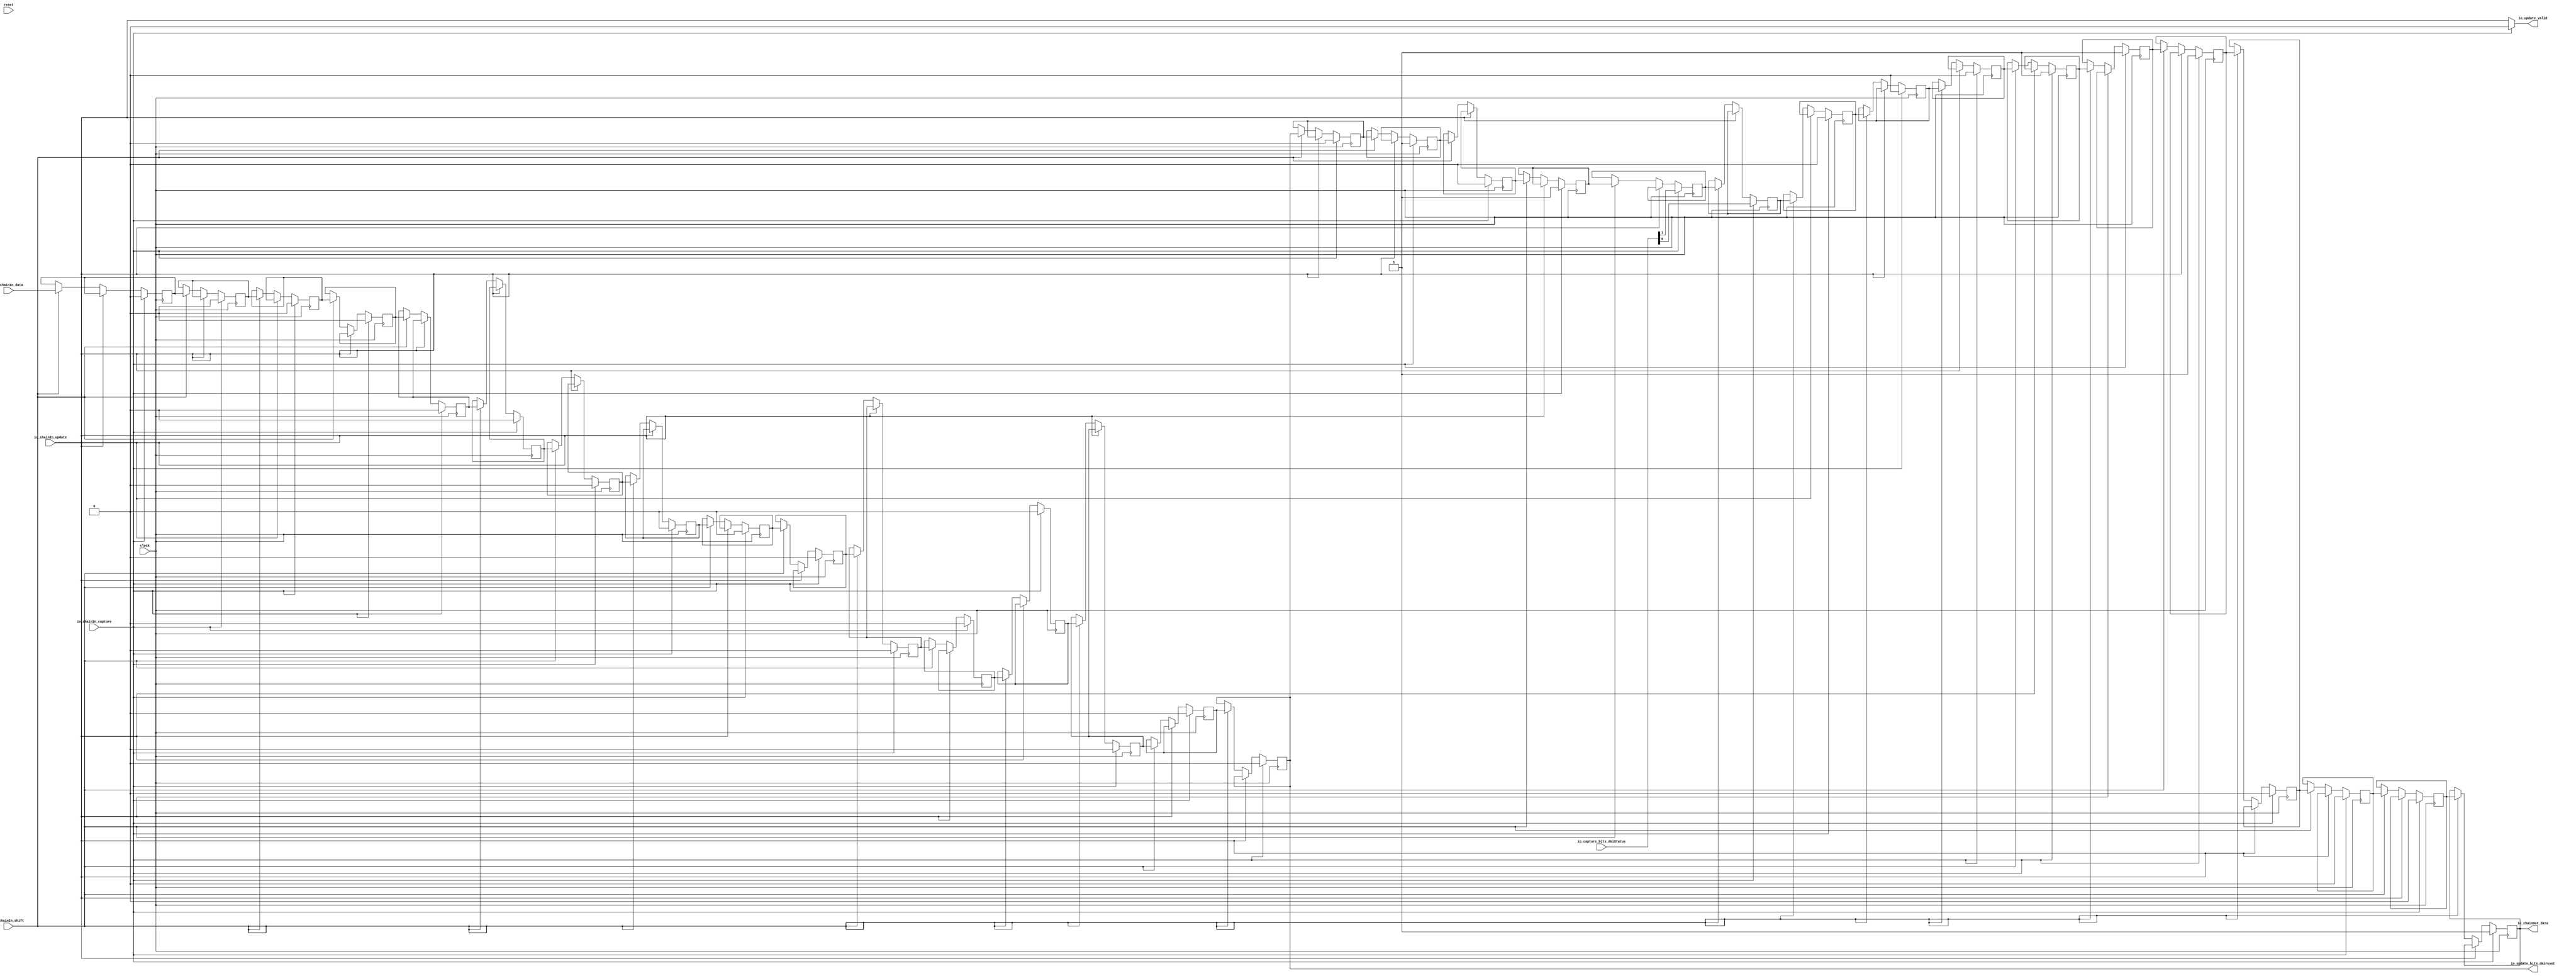
module CaptureUpdateChain(
  input        clock,
  input        reset,
  input        io_chainIn_shift,
  input        io_chainIn_data,
  input        io_chainIn_capture,
  input        io_chainIn_update,
  output       io_chainOut_data,
  input  [1:0] io_capture_bits_dmiStatus,
  output       io_update_valid,
  output       io_update_bits_dmireset
);
`ifdef RANDOMIZE_REG_INIT
  reg [31:0] _RAND_0;
  reg [31:0] _RAND_1;
  reg [31:0] _RAND_2;
  reg [31:0] _RAND_3;
  reg [31:0] _RAND_4;
  reg [31:0] _RAND_5;
  reg [31:0] _RAND_6;
  reg [31:0] _RAND_7;
  reg [31:0] _RAND_8;
  reg [31:0] _RAND_9;
  reg [31:0] _RAND_10;
  reg [31:0] _RAND_11;
  reg [31:0] _RAND_12;
  reg [31:0] _RAND_13;
  reg [31:0] _RAND_14;
  reg [31:0] _RAND_15;
  reg [31:0] _RAND_16;
  reg [31:0] _RAND_17;
  reg [31:0] _RAND_18;
  reg [31:0] _RAND_19;
  reg [31:0] _RAND_20;
  reg [31:0] _RAND_21;
  reg [31:0] _RAND_22;
  reg [31:0] _RAND_23;
  reg [31:0] _RAND_24;
  reg [31:0] _RAND_25;
  reg [31:0] _RAND_26;
  reg [31:0] _RAND_27;
  reg [31:0] _RAND_28;
  reg [31:0] _RAND_29;
  reg [31:0] _RAND_30;
  reg [31:0] _RAND_31;
`endif // RANDOMIZE_REG_INIT
  reg  regs_0; // @[JtagShifter.scala 154:39]
  reg  regs_1; // @[JtagShifter.scala 154:39]
  reg  regs_2; // @[JtagShifter.scala 154:39]
  reg  regs_3; // @[JtagShifter.scala 154:39]
  reg  regs_4; // @[JtagShifter.scala 154:39]
  reg  regs_5; // @[JtagShifter.scala 154:39]
  reg  regs_6; // @[JtagShifter.scala 154:39]
  reg  regs_7; // @[JtagShifter.scala 154:39]
  reg  regs_8; // @[JtagShifter.scala 154:39]
  reg  regs_9; // @[JtagShifter.scala 154:39]
  reg  regs_10; // @[JtagShifter.scala 154:39]
  reg  regs_11; // @[JtagShifter.scala 154:39]
  reg  regs_12; // @[JtagShifter.scala 154:39]
  reg  regs_13; // @[JtagShifter.scala 154:39]
  reg  regs_14; // @[JtagShifter.scala 154:39]
  reg  regs_15; // @[JtagShifter.scala 154:39]
  reg  regs_16; // @[JtagShifter.scala 154:39]
  reg  regs_17; // @[JtagShifter.scala 154:39]
  reg  regs_18; // @[JtagShifter.scala 154:39]
  reg  regs_19; // @[JtagShifter.scala 154:39]
  reg  regs_20; // @[JtagShifter.scala 154:39]
  reg  regs_21; // @[JtagShifter.scala 154:39]
  reg  regs_22; // @[JtagShifter.scala 154:39]
  reg  regs_23; // @[JtagShifter.scala 154:39]
  reg  regs_24; // @[JtagShifter.scala 154:39]
  reg  regs_25; // @[JtagShifter.scala 154:39]
  reg  regs_26; // @[JtagShifter.scala 154:39]
  reg  regs_27; // @[JtagShifter.scala 154:39]
  reg  regs_28; // @[JtagShifter.scala 154:39]
  reg  regs_29; // @[JtagShifter.scala 154:39]
  reg  regs_30; // @[JtagShifter.scala 154:39]
  reg  regs_31; // @[JtagShifter.scala 154:39]
  wire [7:0] updateBits_lo_lo = {regs_7,regs_6,regs_5,regs_4,regs_3,regs_2,regs_1,regs_0}; // @[Cat.scala 31:58]
  wire [15:0] updateBits_lo = {regs_15,regs_14,regs_13,regs_12,regs_11,regs_10,regs_9,regs_8,updateBits_lo_lo}; // @[Cat.scala 31:58]
  wire [7:0] updateBits_hi_lo = {regs_23,regs_22,regs_21,regs_20,regs_19,regs_18,regs_17,regs_16}; // @[Cat.scala 31:58]
  wire [31:0] updateBits = {regs_31,regs_30,regs_29,regs_28,regs_27,regs_26,regs_25,regs_24,updateBits_hi_lo,
    updateBits_lo}; // @[Cat.scala 31:58]
  wire [31:0] captureBits = {20'h5,io_capture_bits_dmiStatus,6'h7,4'h1}; // @[JtagShifter.scala 161:43]
  wire  _T_1 = ~(io_chainIn_capture & io_chainIn_update); // @[JtagShifter.scala 183:10]
  wire  _T_4 = _T_1 & ~(io_chainIn_capture & io_chainIn_shift); // @[JtagShifter.scala 184:7]
  wire  _T_7 = _T_4 & ~(io_chainIn_update & io_chainIn_shift); // @[JtagShifter.scala 185:7]
  assign io_chainOut_data = regs_0; // @[JtagShifter.scala 156:20]
  assign io_update_valid = io_chainIn_capture ? 1'h0 : io_chainIn_update; // @[JtagShifter.scala 166:29 170:21]
  assign io_update_bits_dmireset = updateBits[16]; // @[JtagShifter.scala 159:40]
  always @(posedge clock) begin
    if (io_chainIn_capture) begin // @[JtagShifter.scala 166:29]
      regs_0 <= captureBits[0]; // @[JtagShifter.scala 167:59]
    end else if (!(io_chainIn_update)) begin // @[JtagShifter.scala 171:35]
      if (io_chainIn_shift) begin // @[JtagShifter.scala 174:34]
        regs_0 <= regs_1; // @[JtagShifter.scala 176:37]
      end
    end
    if (io_chainIn_capture) begin // @[JtagShifter.scala 166:29]
      regs_1 <= captureBits[1]; // @[JtagShifter.scala 167:59]
    end else if (!(io_chainIn_update)) begin // @[JtagShifter.scala 171:35]
      if (io_chainIn_shift) begin // @[JtagShifter.scala 174:34]
        regs_1 <= regs_2; // @[JtagShifter.scala 176:37]
      end
    end
    if (io_chainIn_capture) begin // @[JtagShifter.scala 166:29]
      regs_2 <= captureBits[2]; // @[JtagShifter.scala 167:59]
    end else if (!(io_chainIn_update)) begin // @[JtagShifter.scala 171:35]
      if (io_chainIn_shift) begin // @[JtagShifter.scala 174:34]
        regs_2 <= regs_3; // @[JtagShifter.scala 176:37]
      end
    end
    if (io_chainIn_capture) begin // @[JtagShifter.scala 166:29]
      regs_3 <= captureBits[3]; // @[JtagShifter.scala 167:59]
    end else if (!(io_chainIn_update)) begin // @[JtagShifter.scala 171:35]
      if (io_chainIn_shift) begin // @[JtagShifter.scala 174:34]
        regs_3 <= regs_4; // @[JtagShifter.scala 176:37]
      end
    end
    if (io_chainIn_capture) begin // @[JtagShifter.scala 166:29]
      regs_4 <= captureBits[4]; // @[JtagShifter.scala 167:59]
    end else if (!(io_chainIn_update)) begin // @[JtagShifter.scala 171:35]
      if (io_chainIn_shift) begin // @[JtagShifter.scala 174:34]
        regs_4 <= regs_5; // @[JtagShifter.scala 176:37]
      end
    end
    if (io_chainIn_capture) begin // @[JtagShifter.scala 166:29]
      regs_5 <= captureBits[5]; // @[JtagShifter.scala 167:59]
    end else if (!(io_chainIn_update)) begin // @[JtagShifter.scala 171:35]
      if (io_chainIn_shift) begin // @[JtagShifter.scala 174:34]
        regs_5 <= regs_6; // @[JtagShifter.scala 176:37]
      end
    end
    if (io_chainIn_capture) begin // @[JtagShifter.scala 166:29]
      regs_6 <= captureBits[6]; // @[JtagShifter.scala 167:59]
    end else if (!(io_chainIn_update)) begin // @[JtagShifter.scala 171:35]
      if (io_chainIn_shift) begin // @[JtagShifter.scala 174:34]
        regs_6 <= regs_7; // @[JtagShifter.scala 176:37]
      end
    end
    if (io_chainIn_capture) begin // @[JtagShifter.scala 166:29]
      regs_7 <= captureBits[7]; // @[JtagShifter.scala 167:59]
    end else if (!(io_chainIn_update)) begin // @[JtagShifter.scala 171:35]
      if (io_chainIn_shift) begin // @[JtagShifter.scala 174:34]
        regs_7 <= regs_8; // @[JtagShifter.scala 176:37]
      end
    end
    if (io_chainIn_capture) begin // @[JtagShifter.scala 166:29]
      regs_8 <= captureBits[8]; // @[JtagShifter.scala 167:59]
    end else if (!(io_chainIn_update)) begin // @[JtagShifter.scala 171:35]
      if (io_chainIn_shift) begin // @[JtagShifter.scala 174:34]
        regs_8 <= regs_9; // @[JtagShifter.scala 176:37]
      end
    end
    if (io_chainIn_capture) begin // @[JtagShifter.scala 166:29]
      regs_9 <= captureBits[9]; // @[JtagShifter.scala 167:59]
    end else if (!(io_chainIn_update)) begin // @[JtagShifter.scala 171:35]
      if (io_chainIn_shift) begin // @[JtagShifter.scala 174:34]
        regs_9 <= regs_10; // @[JtagShifter.scala 176:37]
      end
    end
    if (io_chainIn_capture) begin // @[JtagShifter.scala 166:29]
      regs_10 <= captureBits[10]; // @[JtagShifter.scala 167:59]
    end else if (!(io_chainIn_update)) begin // @[JtagShifter.scala 171:35]
      if (io_chainIn_shift) begin // @[JtagShifter.scala 174:34]
        regs_10 <= regs_11; // @[JtagShifter.scala 176:37]
      end
    end
    if (io_chainIn_capture) begin // @[JtagShifter.scala 166:29]
      regs_11 <= captureBits[11]; // @[JtagShifter.scala 167:59]
    end else if (!(io_chainIn_update)) begin // @[JtagShifter.scala 171:35]
      if (io_chainIn_shift) begin // @[JtagShifter.scala 174:34]
        regs_11 <= regs_12; // @[JtagShifter.scala 176:37]
      end
    end
    if (io_chainIn_capture) begin // @[JtagShifter.scala 166:29]
      regs_12 <= captureBits[12]; // @[JtagShifter.scala 167:59]
    end else if (!(io_chainIn_update)) begin // @[JtagShifter.scala 171:35]
      if (io_chainIn_shift) begin // @[JtagShifter.scala 174:34]
        regs_12 <= regs_13; // @[JtagShifter.scala 176:37]
      end
    end
    if (io_chainIn_capture) begin // @[JtagShifter.scala 166:29]
      regs_13 <= captureBits[13]; // @[JtagShifter.scala 167:59]
    end else if (!(io_chainIn_update)) begin // @[JtagShifter.scala 171:35]
      if (io_chainIn_shift) begin // @[JtagShifter.scala 174:34]
        regs_13 <= regs_14; // @[JtagShifter.scala 176:37]
      end
    end
    if (io_chainIn_capture) begin // @[JtagShifter.scala 166:29]
      regs_14 <= captureBits[14]; // @[JtagShifter.scala 167:59]
    end else if (!(io_chainIn_update)) begin // @[JtagShifter.scala 171:35]
      if (io_chainIn_shift) begin // @[JtagShifter.scala 174:34]
        regs_14 <= regs_15; // @[JtagShifter.scala 176:37]
      end
    end
    if (io_chainIn_capture) begin // @[JtagShifter.scala 166:29]
      regs_15 <= captureBits[15]; // @[JtagShifter.scala 167:59]
    end else if (!(io_chainIn_update)) begin // @[JtagShifter.scala 171:35]
      if (io_chainIn_shift) begin // @[JtagShifter.scala 174:34]
        regs_15 <= regs_16; // @[JtagShifter.scala 176:37]
      end
    end
    if (io_chainIn_capture) begin // @[JtagShifter.scala 166:29]
      regs_16 <= captureBits[16]; // @[JtagShifter.scala 167:59]
    end else if (!(io_chainIn_update)) begin // @[JtagShifter.scala 171:35]
      if (io_chainIn_shift) begin // @[JtagShifter.scala 174:34]
        regs_16 <= regs_17; // @[JtagShifter.scala 176:37]
      end
    end
    if (io_chainIn_capture) begin // @[JtagShifter.scala 166:29]
      regs_17 <= captureBits[17]; // @[JtagShifter.scala 167:59]
    end else if (!(io_chainIn_update)) begin // @[JtagShifter.scala 171:35]
      if (io_chainIn_shift) begin // @[JtagShifter.scala 174:34]
        regs_17 <= regs_18; // @[JtagShifter.scala 176:37]
      end
    end
    if (io_chainIn_capture) begin // @[JtagShifter.scala 166:29]
      regs_18 <= captureBits[18]; // @[JtagShifter.scala 167:59]
    end else if (!(io_chainIn_update)) begin // @[JtagShifter.scala 171:35]
      if (io_chainIn_shift) begin // @[JtagShifter.scala 174:34]
        regs_18 <= regs_19; // @[JtagShifter.scala 176:37]
      end
    end
    if (io_chainIn_capture) begin // @[JtagShifter.scala 166:29]
      regs_19 <= captureBits[19]; // @[JtagShifter.scala 167:59]
    end else if (!(io_chainIn_update)) begin // @[JtagShifter.scala 171:35]
      if (io_chainIn_shift) begin // @[JtagShifter.scala 174:34]
        regs_19 <= regs_20; // @[JtagShifter.scala 176:37]
      end
    end
    if (io_chainIn_capture) begin // @[JtagShifter.scala 166:29]
      regs_20 <= captureBits[20]; // @[JtagShifter.scala 167:59]
    end else if (!(io_chainIn_update)) begin // @[JtagShifter.scala 171:35]
      if (io_chainIn_shift) begin // @[JtagShifter.scala 174:34]
        regs_20 <= regs_21; // @[JtagShifter.scala 176:37]
      end
    end
    if (io_chainIn_capture) begin // @[JtagShifter.scala 166:29]
      regs_21 <= captureBits[21]; // @[JtagShifter.scala 167:59]
    end else if (!(io_chainIn_update)) begin // @[JtagShifter.scala 171:35]
      if (io_chainIn_shift) begin // @[JtagShifter.scala 174:34]
        regs_21 <= regs_22; // @[JtagShifter.scala 176:37]
      end
    end
    if (io_chainIn_capture) begin // @[JtagShifter.scala 166:29]
      regs_22 <= captureBits[22]; // @[JtagShifter.scala 167:59]
    end else if (!(io_chainIn_update)) begin // @[JtagShifter.scala 171:35]
      if (io_chainIn_shift) begin // @[JtagShifter.scala 174:34]
        regs_22 <= regs_23; // @[JtagShifter.scala 176:37]
      end
    end
    if (io_chainIn_capture) begin // @[JtagShifter.scala 166:29]
      regs_23 <= captureBits[23]; // @[JtagShifter.scala 167:59]
    end else if (!(io_chainIn_update)) begin // @[JtagShifter.scala 171:35]
      if (io_chainIn_shift) begin // @[JtagShifter.scala 174:34]
        regs_23 <= regs_24; // @[JtagShifter.scala 176:37]
      end
    end
    if (io_chainIn_capture) begin // @[JtagShifter.scala 166:29]
      regs_24 <= captureBits[24]; // @[JtagShifter.scala 167:59]
    end else if (!(io_chainIn_update)) begin // @[JtagShifter.scala 171:35]
      if (io_chainIn_shift) begin // @[JtagShifter.scala 174:34]
        regs_24 <= regs_25; // @[JtagShifter.scala 176:37]
      end
    end
    if (io_chainIn_capture) begin // @[JtagShifter.scala 166:29]
      regs_25 <= captureBits[25]; // @[JtagShifter.scala 167:59]
    end else if (!(io_chainIn_update)) begin // @[JtagShifter.scala 171:35]
      if (io_chainIn_shift) begin // @[JtagShifter.scala 174:34]
        regs_25 <= regs_26; // @[JtagShifter.scala 176:37]
      end
    end
    if (io_chainIn_capture) begin // @[JtagShifter.scala 166:29]
      regs_26 <= captureBits[26]; // @[JtagShifter.scala 167:59]
    end else if (!(io_chainIn_update)) begin // @[JtagShifter.scala 171:35]
      if (io_chainIn_shift) begin // @[JtagShifter.scala 174:34]
        regs_26 <= regs_27; // @[JtagShifter.scala 176:37]
      end
    end
    if (io_chainIn_capture) begin // @[JtagShifter.scala 166:29]
      regs_27 <= captureBits[27]; // @[JtagShifter.scala 167:59]
    end else if (!(io_chainIn_update)) begin // @[JtagShifter.scala 171:35]
      if (io_chainIn_shift) begin // @[JtagShifter.scala 174:34]
        regs_27 <= regs_28; // @[JtagShifter.scala 176:37]
      end
    end
    if (io_chainIn_capture) begin // @[JtagShifter.scala 166:29]
      regs_28 <= captureBits[28]; // @[JtagShifter.scala 167:59]
    end else if (!(io_chainIn_update)) begin // @[JtagShifter.scala 171:35]
      if (io_chainIn_shift) begin // @[JtagShifter.scala 174:34]
        regs_28 <= regs_29; // @[JtagShifter.scala 176:37]
      end
    end
    if (io_chainIn_capture) begin // @[JtagShifter.scala 166:29]
      regs_29 <= captureBits[29]; // @[JtagShifter.scala 167:59]
    end else if (!(io_chainIn_update)) begin // @[JtagShifter.scala 171:35]
      if (io_chainIn_shift) begin // @[JtagShifter.scala 174:34]
        regs_29 <= regs_30; // @[JtagShifter.scala 176:37]
      end
    end
    if (io_chainIn_capture) begin // @[JtagShifter.scala 166:29]
      regs_30 <= captureBits[30]; // @[JtagShifter.scala 167:59]
    end else if (!(io_chainIn_update)) begin // @[JtagShifter.scala 171:35]
      if (io_chainIn_shift) begin // @[JtagShifter.scala 174:34]
        regs_30 <= regs_31; // @[JtagShifter.scala 176:37]
      end
    end
    if (io_chainIn_capture) begin // @[JtagShifter.scala 166:29]
      regs_31 <= captureBits[31]; // @[JtagShifter.scala 167:59]
    end else if (!(io_chainIn_update)) begin // @[JtagShifter.scala 171:35]
      if (io_chainIn_shift) begin // @[JtagShifter.scala 174:34]
        regs_31 <= io_chainIn_data; // @[JtagShifter.scala 175:15]
      end
    end
    `ifndef SYNTHESIS
    `ifdef STOP_COND
      if (`STOP_COND) begin
    `endif
        if (~_T_7 & ~reset) begin
          $fatal; // @[JtagShifter.scala 183:9]
        end
    `ifdef STOP_COND
      end
    `endif
    `endif // SYNTHESIS
    `ifndef SYNTHESIS
    `ifdef PRINTF_COND
      if (`PRINTF_COND) begin
    `endif
        if (~reset & ~_T_7) begin
          $fwrite(32'h80000002,
            "Assertion failed\n    at JtagShifter.scala:183 assert(!(io.chainIn.capture && io.chainIn.update)\n"); // @[JtagShifter.scala 183:9]
        end
    `ifdef PRINTF_COND
      end
    `endif
    `endif // SYNTHESIS
  end
// Register and memory initialization
`ifdef RANDOMIZE_GARBAGE_ASSIGN
`define RANDOMIZE
`endif
`ifdef RANDOMIZE_INVALID_ASSIGN
`define RANDOMIZE
`endif
`ifdef RANDOMIZE_REG_INIT
`define RANDOMIZE
`endif
`ifdef RANDOMIZE_MEM_INIT
`define RANDOMIZE
`endif
`ifndef RANDOM
`define RANDOM $random
`endif
`ifdef RANDOMIZE_MEM_INIT
  integer initvar;
`endif
`ifndef SYNTHESIS
`ifdef FIRRTL_BEFORE_INITIAL
`FIRRTL_BEFORE_INITIAL
`endif
initial begin
  `ifdef RANDOMIZE
    `ifdef INIT_RANDOM
      `INIT_RANDOM
    `endif
    `ifndef VERILATOR
      `ifdef RANDOMIZE_DELAY
        #`RANDOMIZE_DELAY begin end
      `else
        #0.002 begin end
      `endif
    `endif
`ifdef RANDOMIZE_REG_INIT
  _RAND_0 = {1{`RANDOM}};
  regs_0 = _RAND_0[0:0];
  _RAND_1 = {1{`RANDOM}};
  regs_1 = _RAND_1[0:0];
  _RAND_2 = {1{`RANDOM}};
  regs_2 = _RAND_2[0:0];
  _RAND_3 = {1{`RANDOM}};
  regs_3 = _RAND_3[0:0];
  _RAND_4 = {1{`RANDOM}};
  regs_4 = _RAND_4[0:0];
  _RAND_5 = {1{`RANDOM}};
  regs_5 = _RAND_5[0:0];
  _RAND_6 = {1{`RANDOM}};
  regs_6 = _RAND_6[0:0];
  _RAND_7 = {1{`RANDOM}};
  regs_7 = _RAND_7[0:0];
  _RAND_8 = {1{`RANDOM}};
  regs_8 = _RAND_8[0:0];
  _RAND_9 = {1{`RANDOM}};
  regs_9 = _RAND_9[0:0];
  _RAND_10 = {1{`RANDOM}};
  regs_10 = _RAND_10[0:0];
  _RAND_11 = {1{`RANDOM}};
  regs_11 = _RAND_11[0:0];
  _RAND_12 = {1{`RANDOM}};
  regs_12 = _RAND_12[0:0];
  _RAND_13 = {1{`RANDOM}};
  regs_13 = _RAND_13[0:0];
  _RAND_14 = {1{`RANDOM}};
  regs_14 = _RAND_14[0:0];
  _RAND_15 = {1{`RANDOM}};
  regs_15 = _RAND_15[0:0];
  _RAND_16 = {1{`RANDOM}};
  regs_16 = _RAND_16[0:0];
  _RAND_17 = {1{`RANDOM}};
  regs_17 = _RAND_17[0:0];
  _RAND_18 = {1{`RANDOM}};
  regs_18 = _RAND_18[0:0];
  _RAND_19 = {1{`RANDOM}};
  regs_19 = _RAND_19[0:0];
  _RAND_20 = {1{`RANDOM}};
  regs_20 = _RAND_20[0:0];
  _RAND_21 = {1{`RANDOM}};
  regs_21 = _RAND_21[0:0];
  _RAND_22 = {1{`RANDOM}};
  regs_22 = _RAND_22[0:0];
  _RAND_23 = {1{`RANDOM}};
  regs_23 = _RAND_23[0:0];
  _RAND_24 = {1{`RANDOM}};
  regs_24 = _RAND_24[0:0];
  _RAND_25 = {1{`RANDOM}};
  regs_25 = _RAND_25[0:0];
  _RAND_26 = {1{`RANDOM}};
  regs_26 = _RAND_26[0:0];
  _RAND_27 = {1{`RANDOM}};
  regs_27 = _RAND_27[0:0];
  _RAND_28 = {1{`RANDOM}};
  regs_28 = _RAND_28[0:0];
  _RAND_29 = {1{`RANDOM}};
  regs_29 = _RAND_29[0:0];
  _RAND_30 = {1{`RANDOM}};
  regs_30 = _RAND_30[0:0];
  _RAND_31 = {1{`RANDOM}};
  regs_31 = _RAND_31[0:0];
`endif // RANDOMIZE_REG_INIT
  `endif // RANDOMIZE
end // initial
`ifdef FIRRTL_AFTER_INITIAL
`FIRRTL_AFTER_INITIAL
`endif
`endif // SYNTHESIS
endmodule